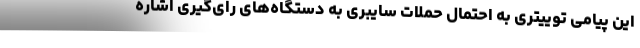
این پیامی توییتری به احتمال حملات سایبری به دستگاه‌های رای‌گیری اشاره